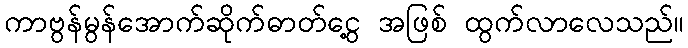
ကာဗွန်မွန်အောက်ဆိုက်ဓာတ်ငွေ့ အဖြစ် ထွက်လာလေသည်။